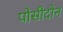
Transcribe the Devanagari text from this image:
पोसीदोन